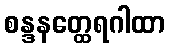
စန္ဒနတ္ထေရဂါထာ